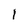
Character: 1